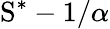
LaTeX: \mathrm{S}^{\ast}-1/\alpha